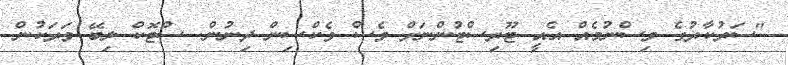
"ސަރުކާރުގެ ވިސްނުމެއް އެއީ ޓޫރިސްޓުންނަށް ވެސް ވެކްސިން ދިނުން. ސްޓޮކް ލިބޭ ވަރަކުން